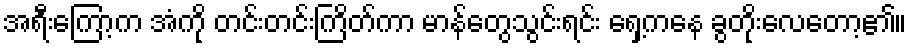
အရီးကြော့က အံကို တင်းတင်းကြိတ်ကာ မာန်တွေသွင်းရင်း ရှေ့ကနေ ခွတိုးလေတော့၏။